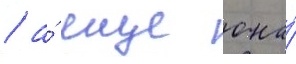
/ а́ еще она́